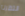
انتظرنا